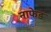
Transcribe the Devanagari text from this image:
नाफेड